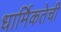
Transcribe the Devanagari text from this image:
धार्मिकतेची